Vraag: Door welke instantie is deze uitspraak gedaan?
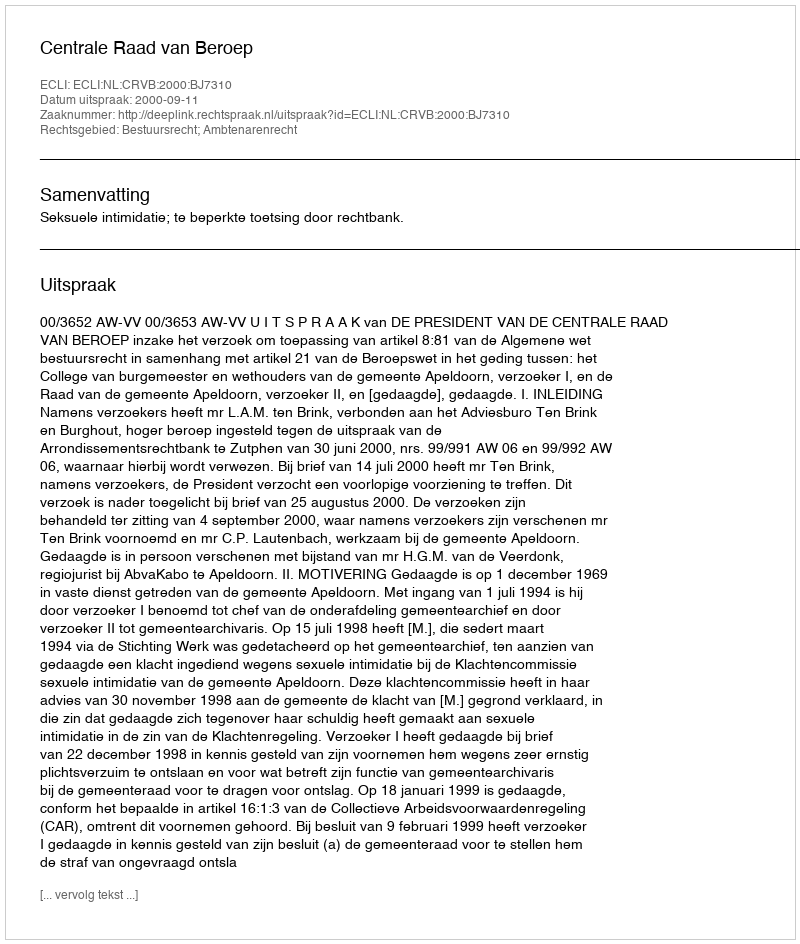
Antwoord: Centrale Raad van Beroep